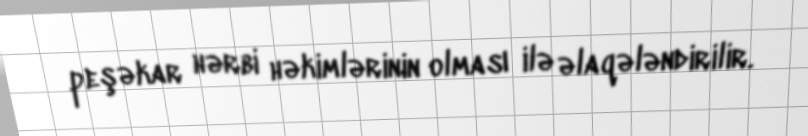
peşəkar hərbi həkimlərinin olması ilə əlaqələndirilir.